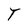
Character: T